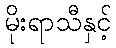
မိုးရာသီနှင့်